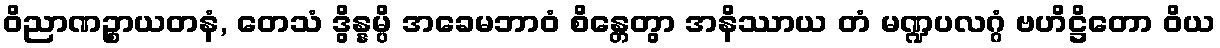
ဝိညာဏဉ္စာယတနံ, တေသံ ဒွိန္နမ္ပိ အခေမဘာဝံ စိန္တေတွာ အနိဿာယ တံ မဏ္ဍပလဂ္ဂံ ဗဟိဋ္ဌိတော ဝိယ